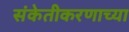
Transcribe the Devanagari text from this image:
संकेतीकरणाच्या